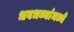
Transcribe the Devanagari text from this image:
धबधब्यांमध्ये